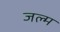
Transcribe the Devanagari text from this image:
जल्म